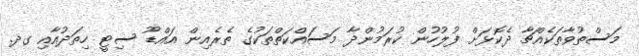
މަސްތުވާތަކެއްޗާ ދެކޮޅަށް ފުލުހުން ކުރަމުންދާ މަސައްކަތްތަކުގެ ތެރެއިން އައްޑޫ ސިޓީ ހިތަދުއާއި ގދ.